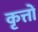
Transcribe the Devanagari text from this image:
कृत्तों